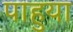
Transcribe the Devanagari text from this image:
पाहुया